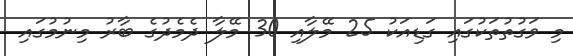
މި ވަގުތުތަކުގައި ގަޑިއަކު 25 މޭލާއި 30 މޭލާ ދެމެދުގެ ބާރު މިނުމުގައި